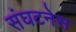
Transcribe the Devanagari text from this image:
संघटनेस